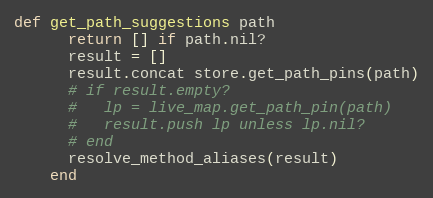
Language: Ruby
def get_path_suggestions path
      return [] if path.nil?
      result = []
      result.concat store.get_path_pins(path)
      # if result.empty?
      #   lp = live_map.get_path_pin(path)
      #   result.push lp unless lp.nil?
      # end
      resolve_method_aliases(result)
    end